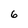
Character: 6